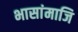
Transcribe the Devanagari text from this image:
भासांमाजि